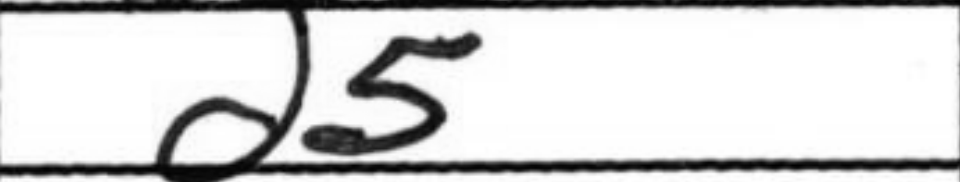
Transcription: d5